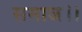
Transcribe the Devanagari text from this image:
समाज।।